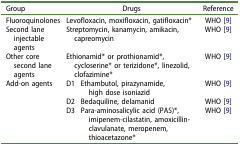
<table><thead><tr><td><b>Group</b></td><td colspan="2"><b>Drugs</b></td><td><b>Reference</b></td></tr></thead><tbody><tr><td>Fluoroquinolones</td><td colspan="2">Levofloxacin, moxifloxacin, gatifloxacin*</td><td>WHO [9]</td></tr><tr><td>Second lane injectable agents</td><td colspan="2">Streptomycin, kanamycin, amikacin, capreomycin</td><td>WHO [9]</td></tr><tr><td>Other core second lane agents</td><td colspan="2">Ethionamid* or prothionamid*, cycloserine* or terizidone*, linezolid, clofazimine*</td><td>WHO [9]</td></tr><tr><td rowspan="3">Add-on agents</td><td>D1</td><td>Ethambutol, pirazynamide,high dose isoniazid</td><td>WHO [9]</td></tr><tr><td>D2</td><td>Bedaquiline, delamanid</td><td>WHO [9]</td></tr><tr><td>D3</td><td>Para-aminosalicylic acid (PAS)*, imipenem-cilastatin, amoxicillin-clavulanate, meropenem,thioacetazone*</td><td>WHO [9]</td></tr></tbody></table>